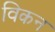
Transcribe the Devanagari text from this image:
विकन